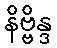
နိဗ္ဗိန္ဒ